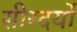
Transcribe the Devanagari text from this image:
सीरदर्यो